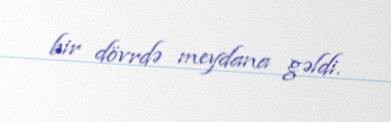
bir dövrdə meydana gəldi.